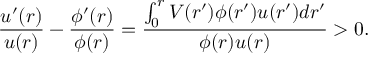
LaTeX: \frac { u ^ { \prime } ( r ) } { u ( r ) } - \frac { \phi ^ { \prime } ( r ) } { \phi ( r ) } = \frac { \int _ { 0 } ^ { r } V ( r ^ { \prime } ) \phi ( r ^ { \prime } ) u ( r ^ { \prime } ) d r ^ { \prime } } { \phi ( r ) u ( r ) } > 0 .